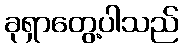
ခုရှာတွေ့ပါသည်